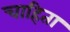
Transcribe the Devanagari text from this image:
चाहिता